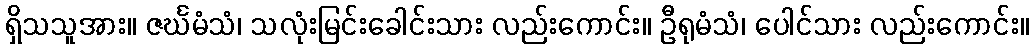
ရှိသသူအား။ ဇင်္ဃမံသံ၊ သလုံးမြင်းခေါင်းသား လည်းကောင်း။ ဦရုမံသံ၊ ပေါင်သား လည်းကောင်း။